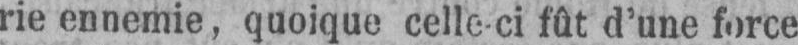
rie ennemie, quoique celle-ci fût d’une force